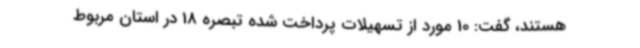
هستند، گفت: 10 مورد از تسهیلات پرداخت شده تبصره 18 در استان مربوط